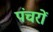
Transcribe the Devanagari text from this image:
पंचरों